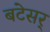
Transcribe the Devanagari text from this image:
बटेसर्